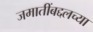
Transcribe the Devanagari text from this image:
जमातींबद्दलच्या